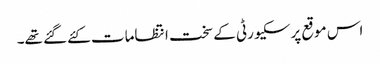
اس موقع پرسکیورٹی کےسخت انتظامات کئےگئے تھے۔